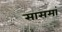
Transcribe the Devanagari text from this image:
सासमां